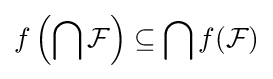
f\left(\bigcap {\mathcal {F}}\right)\subseteq \bigcap f({\mathcal {F}})